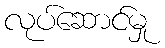
လုပ်ဆောင်မှု